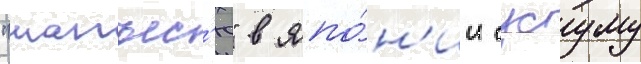
"манъес'ю" в япо́н'ии сусуму